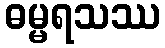
ဓမ္မရသဿ